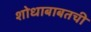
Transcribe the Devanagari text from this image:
शोधाबाबतची